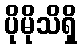
ပိုမိုသိရှိ